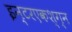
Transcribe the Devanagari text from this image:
इन्टरएकश्ग्न